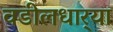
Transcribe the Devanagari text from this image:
वडीलधार्‍या